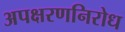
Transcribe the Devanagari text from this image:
अपक्षरणनिरोध